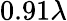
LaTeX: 0.91\lambda